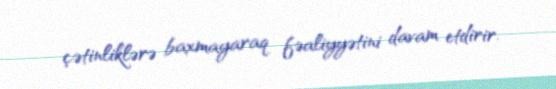
çətinliklərə baxmayaraq fəaliyyətini davam etdirir.